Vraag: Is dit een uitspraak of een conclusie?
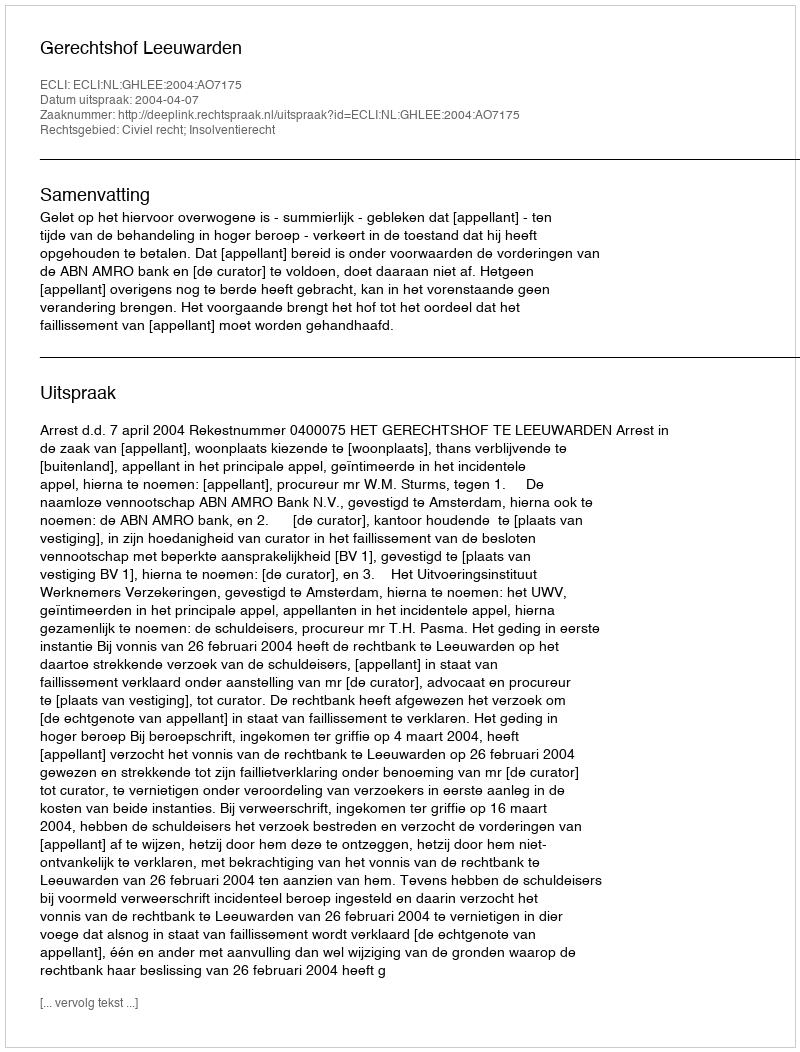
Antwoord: Uitspraak